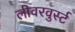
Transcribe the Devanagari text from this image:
लीवरवुर्स्ट